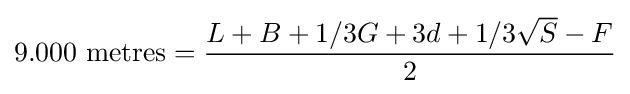
9.000{\mbox{ metres}}={\frac {L+B+1/3G+3d+1/3{\sqrt {S}}-F}{2}}